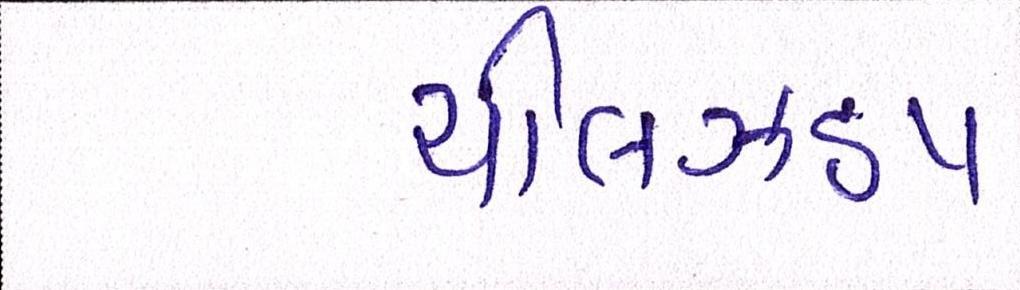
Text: ચીલઝડપ